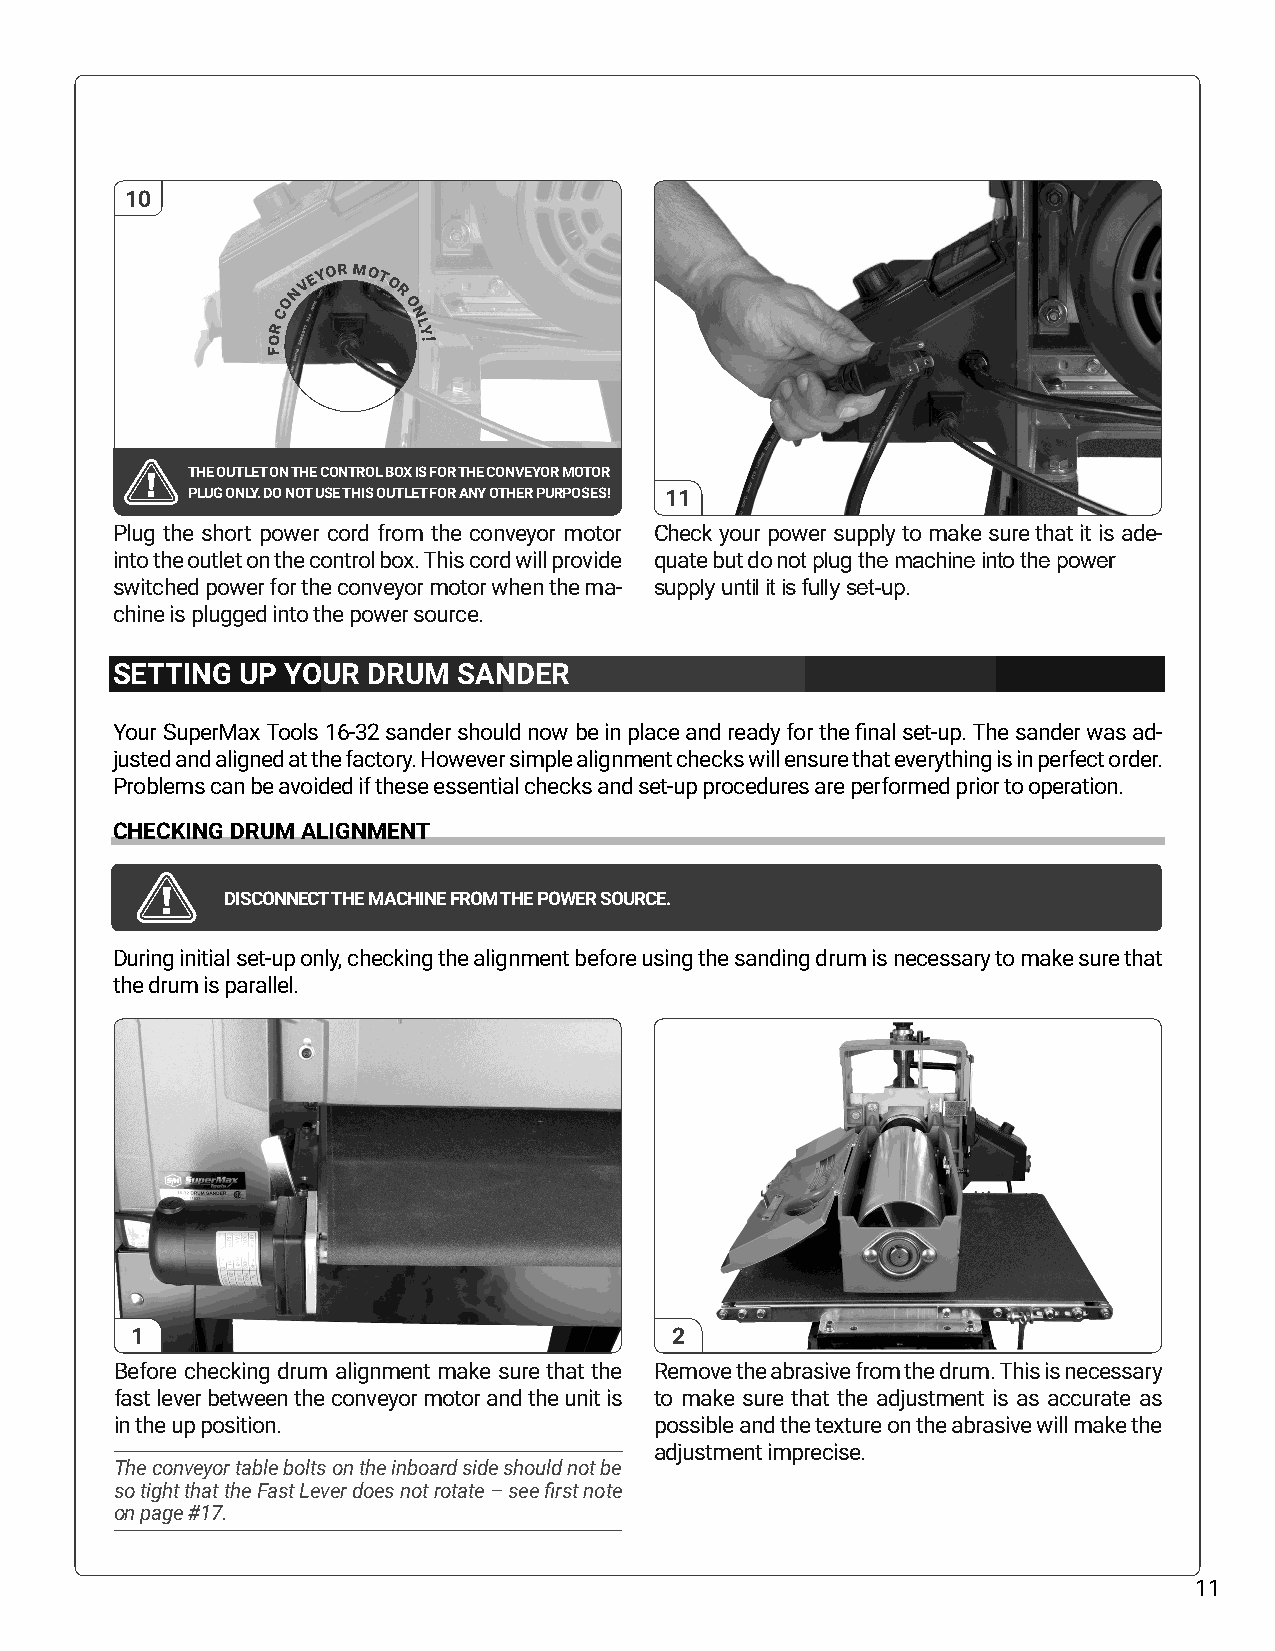
10
 r
 conve y or mot
 o
 r
 o
 n
 l y
 o         !
 f
 THE OUTLET ON THE CONTROL BOX IS FOR THE CONVEYOR MOTOR
 PLUG ONLY. DO NOT USE THIS OUTLET FOR ANY OTHER PURPOSES! 11
 Plug the short power cord from the conveyor motor Check your power supply to make sure that it is ade-
 into the outlet on the control box. This cord will provide quate but do not plug the machine into the power
 switched power for the conveyor motor when the ma- supply until it is fully set-up.
 chine is plugged into the power source.
 SETTING  UP YOUR DRUM  SANDER
 Your SuperMax Tools 16-32 sander should now be in place and ready for the final set-up. The sander was ad-
 justed and aligned at the factory. However simple alignment checks will ensure that everything is in perfect order.
 Problems can be avoided if these essential checks and set-up procedures are performed prior to operation.
 CHECKING DRUM ALIGNMENT
 DISCONNECT THE MACHINE FROM THE POWER SOURCE.
 During initial set-up only, checking the alignment before using the sanding drum is necessary to make sure that
 the drum is parallel.
 1                                  2
 Before checking drum alignment make sure that the Remove the abrasive from the drum. This is necessary
 fast lever between the conveyor motor and the unit is to make sure that the adjustment is as accurate as
 in the up position.                possible and the texture on the abrasive will make the
 adjustment imprecise.
 The conveyor table bolts on the inboard side should not be
 so tight that the Fast Lever does not rotate – see first note
 on page #17.
 11